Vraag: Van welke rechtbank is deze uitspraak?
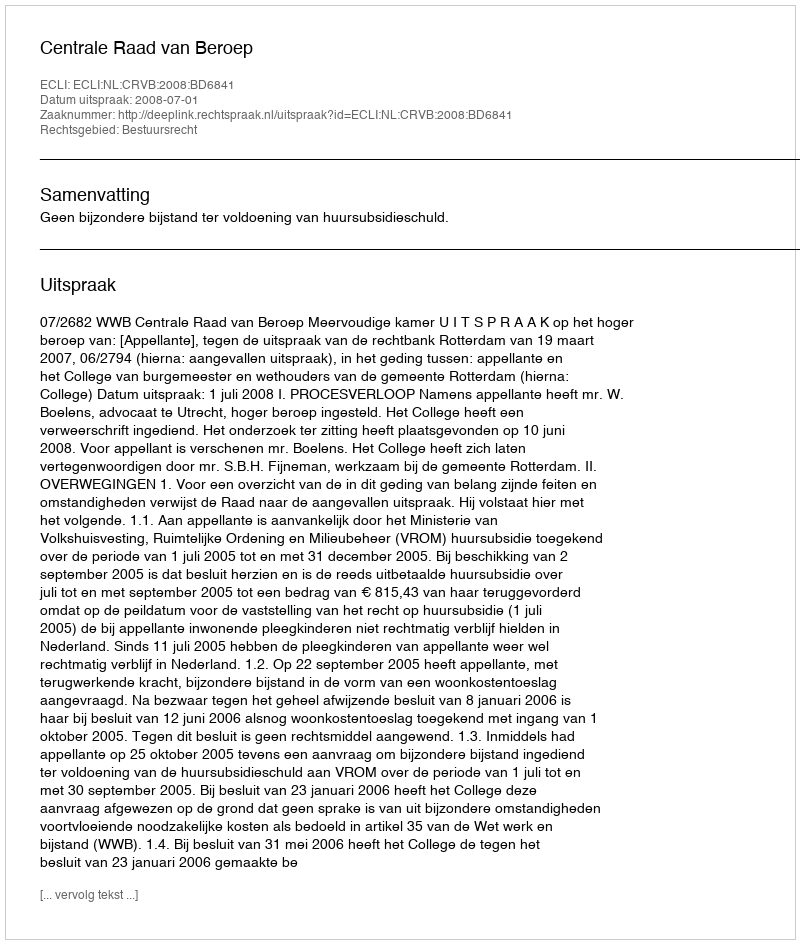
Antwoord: Centrale Raad van Beroep